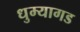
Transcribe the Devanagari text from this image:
धुम्यागड